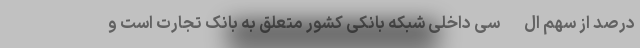
درصد از سهم ال-سی داخلی شبکه بانکی کشور متعلق به بانک تجارت است و